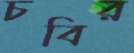
চবির